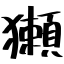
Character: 獺